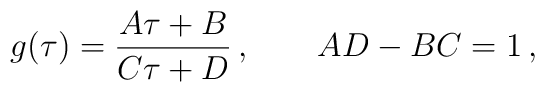
g(\tau) = \frac{A\tau + B}{C\tau + D}\,, \qquad AD - BC = 1\,,